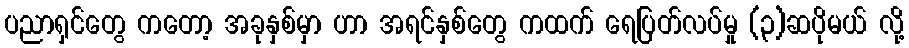
ပညာရှင်တွေ ကတော့ အခုနှစ်မှာ ဟာ အရင်နှစ်တွေ ကထက် ရေပြတ်လပ်မှု (၃)ဆပိုမယ် လို့